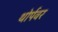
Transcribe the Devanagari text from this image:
थोर्पवर